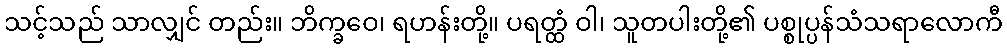
သင့်သည် သာလျှင် တည်း။ ဘိက္ခဝေ၊ ရဟန်းတို့။ ပရတ္ထံ ဝါ၊ သူတပါးတို့၏ ပစ္စုပ္ပန်သံသရာလောကီ